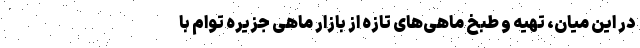
در این میان،‌ تهیه و طبخ ماهی‌های تازه از بازار ماهی جزیره توام با